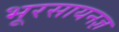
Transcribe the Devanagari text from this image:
भूरसायनज्ञ